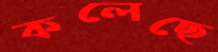
কলেছে